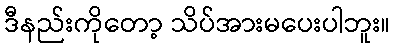
ဒီနည်းကိုတော့ သိပ်အားမပေးပါဘူး။